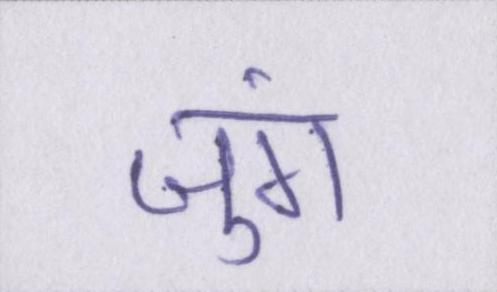
जुंग